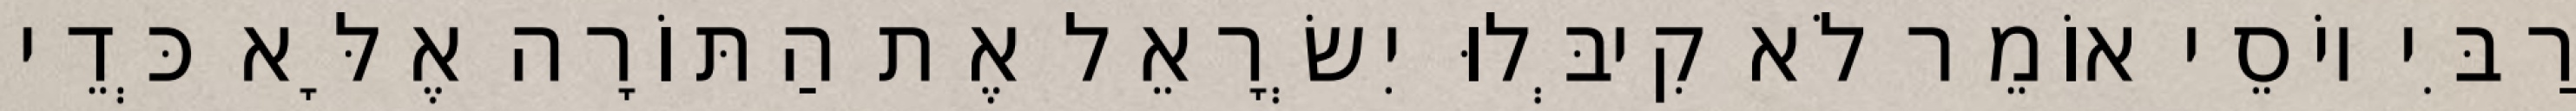
רַבִּי יוֹסֵי אוֹמֵר לֹא קִיבְּלוּ יִשְׂרָאֵל אֶת הַתּוֹרָה אֶלָּא כְּדֵי